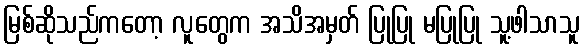
မြစ်ဆိုသည်ကတော့ လူတွေက အသိအမှတ် ပြုပြု မပြုပြု သူ့ဖါသာသူ